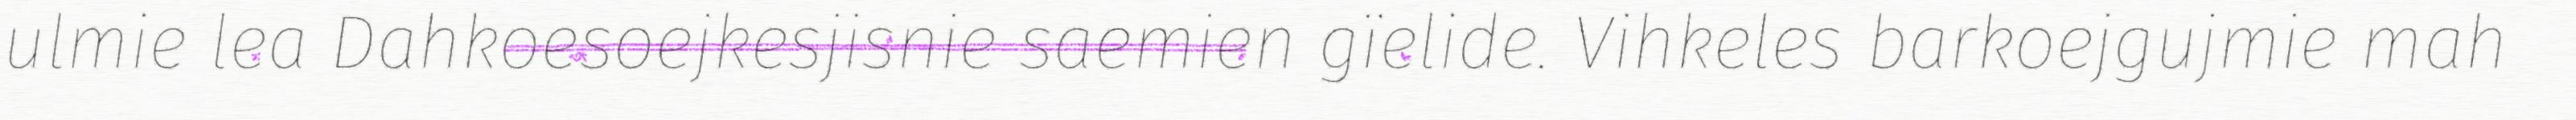
ulmie lea Dahkoesoejkesjisnie saemien gïelide. Vihkeles barkoejgujmie mah